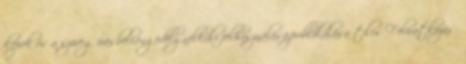
képek és a szöveg írásbeli,engedély nélküli felhasználása,publikálása tilos Feliratkozás: